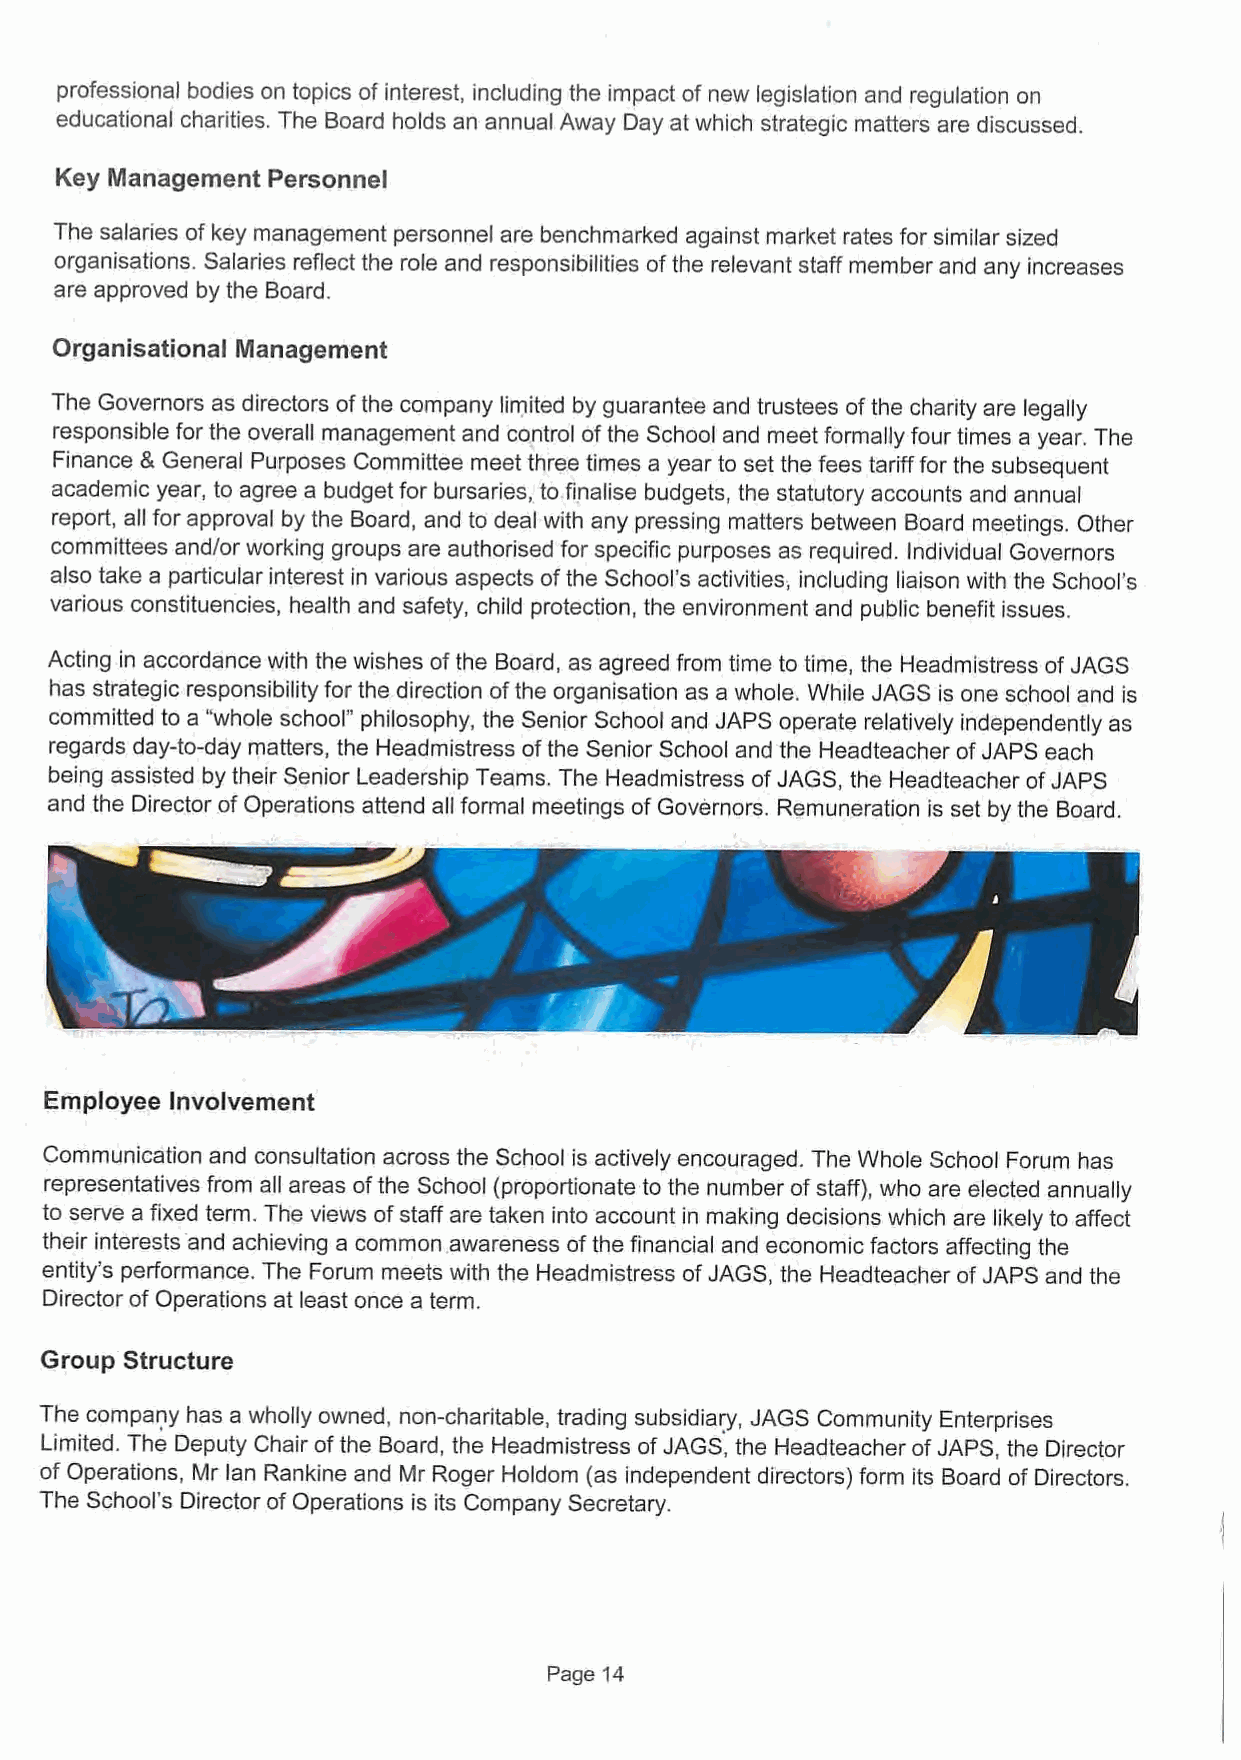
professional bodies on topics of interest, including the impact of new legislation and regulation on
 educational charities. The Board holds an annual Away Day at which strategic matters are discussed.
 Key Management Personnel
 The salaries of key management personnel are benchmarked against market rates for similar sized
 organisations. Salaries reflect the role and responsibilities ofthe relevant staff member and any increases
 are approved by the Board.
 Organlsational Management
 The Governors as directors ofthe company limited by guarantee and trustees ofthe charity are legally
 responsible for the overall management and control ofthe School and meet formally four times a year. The
 Finance & General Purposes Committee meet three times a year to set the fees tariff for the subsequent
 academic year, to agree a budget for bursaries, to.finalise budgets, the statutory accounts and annual
 report, all for approval by the Board, and to deal with any pressing matters between Board meetings. Other
 committees and/or working groups are authorised for specific purposes as required. Individual Governors
 also take a particular interest in various aspects ofthe School's activities, including liaison with the School's
 various constituencies, health and safety, child protection, the environment and public benefit issues.
 Acting in accordance with the wishes ofthe Board, as agreed from time to time, the Headmistress of JAGS
 has strategic responsibility for the direction ofthe organisation as a whole. While JAGS is one school and is
 committed to a "whole school*' philosophy, the Senior School and JAPS operate relatively independently as
 regards day-to-day matters, the Headmistress ofthe Senior School and the Headteacher ofJAPS each
 being assisted by their Senior Leadership Teams. The Headmistress ofJAGS, the Headteacher ofJAPS
 and the Director.of Operations attend all formal meetings ofGovernors. Remuneration is set by the Board.
 Employee Involvement
 Communication and consultation across the School is actively encouraged. The Whole School Forum has
 representatives from all areas ofthe School (proportionate to the number ofstaff), who are elected annually
 to serve a fixed term. The views ofstaff are taken into account in making decisions which are likely to affect
 their interests and achieving a common. awareness ofthe financial and economic factors affecting the
 entity's performance. The Forum meets with the Headmistress ofJAGS, the Headteacher of JAPS and the
 Director of Operations at least once a term.
 Group Structure
 The company has a wholly owned, non-charitable, trading subsidiary, JAGS Community Enterprises
 Limited. The Deputy Chair ofthe Board, the Headmistress ofJAGS, the Headteacher ofJAPS, the Director
 of Operations, Mr lan Rankine and Mr Roger Holdom (as independent directors) form its Board of Directors.
 The School's Director of Operations is its Company Secretary.
 Page 14